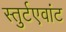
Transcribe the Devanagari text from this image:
स्तुर्टएवांट